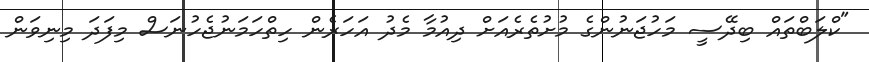
"ކްލަބްތައް ބިދޭސީ މަހުޖަނުންގެ މުށުތެރެއަށް ދިއުމާ މެދު އަހަރެން ހިތްހަމަނުޖެހުނަސް މިފަދަ މިނިވަން